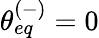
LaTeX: \theta_{eq}^{(-)}=0